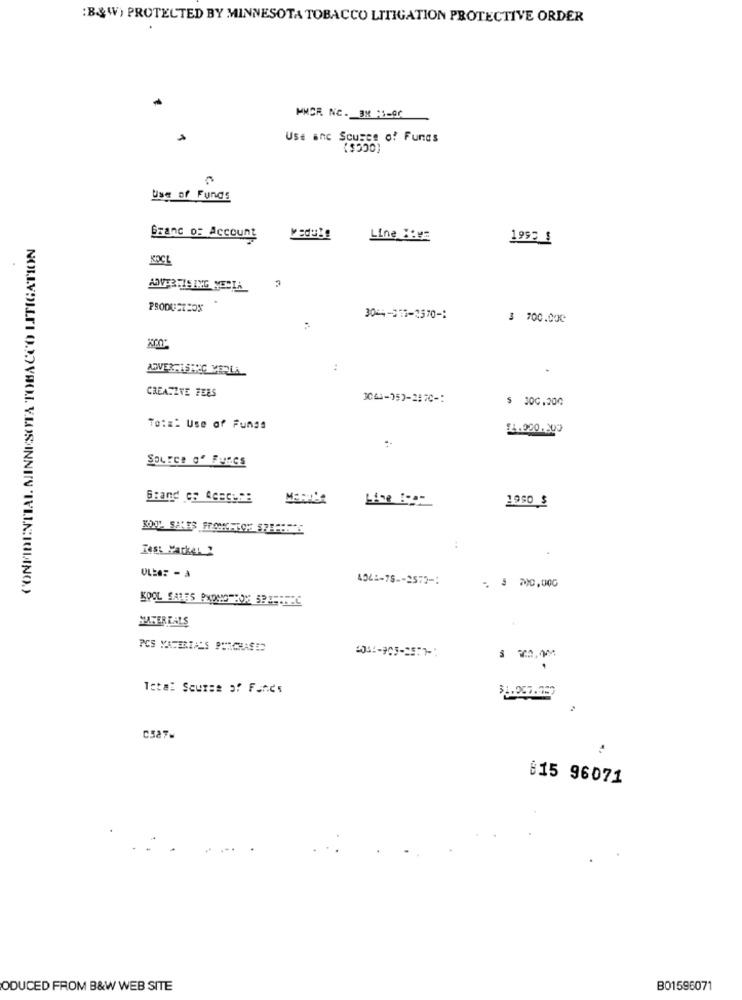
:B&W) PROTECTED BY MINNESOTA TOBACCO LITIGATION PROTECTIVE ORDER
MMCR NC. OM 15-00
Ust anc Sousce of Funds
(OCCS )
Use of Funds
CONFIDENTIAL MINNESOTA TOBACCO LITIGATION
franc o: Account
Line Bien
1995 $
KOCL
PRODUCTION
3044-315-2570-1
$ 700.000
ADVER-16HEG VERLA
:
CREATIVE FEES
3061-353-2870-
$ 300.000
Total Use of Funds
$2.080.300
Source of Furcs
Line Bom
1950 $
:
Test Parker
4941-75-2570-
- . ₦0,000
KOOL SALES PROMOTION SPIERTEC
SUAREREALS
PCS MATERIALS PURCHASED
Total Scurse of Funds
C527-
815 96071
ODUCED FROM B&W WEB SITE
B01596071